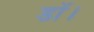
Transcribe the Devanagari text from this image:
डॉ।